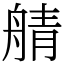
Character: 䑶